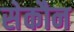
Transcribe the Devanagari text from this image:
सेकौन